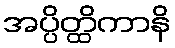
အပ္ပိတ္ထိကာနိ